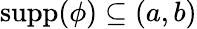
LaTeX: \operatorname{supp}(\phi)\subseteq(a,b)